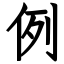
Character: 例